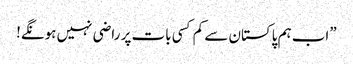
”اب ہم پاکستان سے کم کسی بات پر راضی نہیں ہونگے!